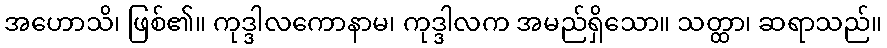
အဟောသိ၊ ဖြစ်၏။ ကုဒ္ဒါလကောနာမ၊ ကုဒ္ဒါလက အမည်ရှိသော။ သတ္ထာ၊ ဆရာသည်။